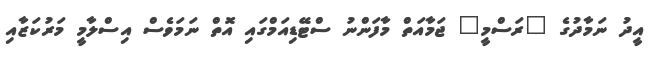
އީދު ނަމާދުގެ "ރަސްމީ" ޖަމާއަތް މާފަންނު ސްޓޭޑިއަމްގައި އޮތް ނަމަވެސް އިސްލާމީ މަރުކަޒާއި